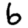
Digit: 6